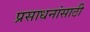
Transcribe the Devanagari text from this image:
प्रसाधनांसाठी